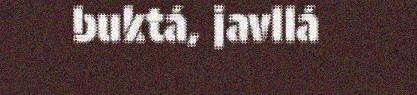
buktá, javllá